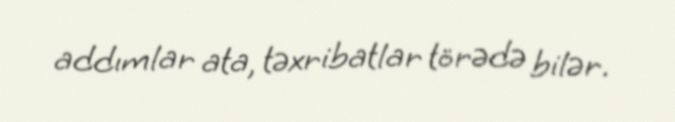
addımlar ata, təxribatlar törədə bilər.